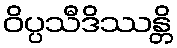
ဝိပ္ပသီဒိဿန္တိ